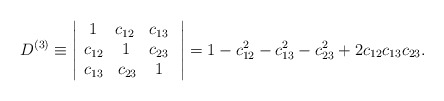
\begin{align*}D^{(3)} \equiv\left|\begin{array}{c} { \; 1\;\; \;\; c_{12}\; \;\; c_{13}\; } \\{ c_{12}\; \;\; \; 1\;\; \;\; c_{23}\; } \\{ c_{13}\; \;\; c_{23}\; \;\; \; 1\;\; } \\\end{array}\right|=1-c_{12}^2-c_{13}^2-c_{23}^2+2c_{12} c_{13} c_{23} .\end{align*}